Annual report on the working of the lock hospitals in the Central Provinces
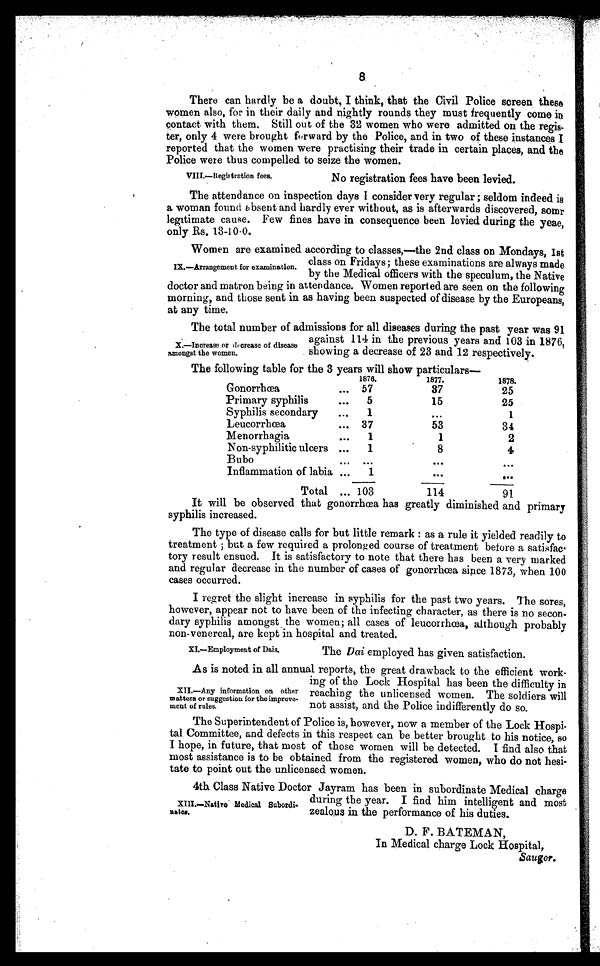
8
There can hardly be a doubt, I think, that the Civil Police screen these
women also, for in their daily and nightly rounds they must frequently come in
contact with them. Still out of the 32 women who were admitted on the regis
ter, only 4 were brought forward by the Police, and in two of these instances I
reported that the women were practising their trade in certain places, and the
Police were thus compelled to seize the women.
VII.—Registration fees.
No registration fees have been levied.
The attendance on inspection days I consider very regular ; seldom indeed is
a woman found absent and hardly ever without, as is afterwards discovered, some
legitimate cause. Few fines have in consequence been levied during the yeae,
only Rs. 13-10-0.
Women are examined according to classes,—the 2nd class on Mondays, 1st
class on Fridays; these examinations are always made
by the Medical officers with the speculum, the Native
doctor and matron being in attendance. Women reported are seen on the following
morning, and those sent in as having been suspected of disease by the Europeans,
at any time.
The total number of admissions for all diseases during the past year was 91
against 114 in the previous years and 103 in 1876,
showing a decrease of 23 and 12 respectively.
The followin g table for the 3 years will show particulars—
1876.
1877.
1878.
Gonorrhœa
...
57
37
25
Primary syphilis
...
5
15
25
Syphilis secondary
. . .
1
. . .
1
Leucorrhœa
... 37
53
34
Menorrhagia
...
1
1
2
Non-syphilitic ulcers
...
1
8
4
Bubo
. . . . . .
. . .
. . .
Inflammation of labia ...
1
. . .
. . .
Total
... 103
114
91
It will be observed that gonorrhœa has greatly diminished and primary
syphilis increased.
The type of disease calls for but little remark : as a rule it yielded readily to
treatment ; but a few required a prolonged course of treatment before a satisfac
tory result ensued. It is satisfactory to note that there has been a very marked
and regular decrease in the number of cases of gonorrhœa since 1873, when 100
cases occurred.
I regret the slight increase in syphilis for the past two years. The sores,
however, appear not to have been of the infecting character, as there is no secon
dary syphilis amongst the women; all cases of leucorrhœa, although probably
non-venereal, are kept in hospital and treated.
IX.—Arrangement for examination.
X.—Increase or decrease of disease
=mat the women.
XL—Employment of Dais.
The Dai employed has given satisfaction.
As is noted in all annual reports, the great drawback to the efficient work
ing of the Lock Hospital has been the difficulty in
reaching the unlicensed women. The soldiers will
not assist, and the Police indifferently do so.
The Superintendent of Police is, however, now a member of the Lock Hospi
tal Committee, and defects in this respect can be better brought to his notice, so
I hope, in future, that most of those women will be detected. I find also that
most assistance is to be obtained from the registered women, who do not hesi
tate to point out the unlicensed women.
4th Class Native Doctor Jayram has been in subordinate Medical charge
during the year. I find him intelligent and most
zealous in the performance of his duties.
D. F. BATEMAN,
In Medical charge Lock Hospital,
Saugor.
XII.—Any information on other
matters or suggestion for the improve-
ment of rules.
XIII.—Native Medical Subordi
nates.